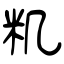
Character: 籶